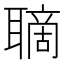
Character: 𦗑